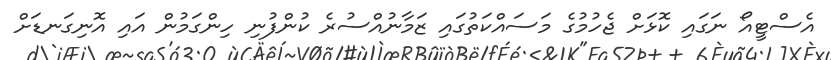
އެސްޓީއޯ ނަގައި ކޮޅަށް ޖެހުމުގެ މަސައްކަތުގައި ޒަމާނުއްސުރެ ކުންފުނި ހިންގަމުން އައި އޮނިގަނޑަށް